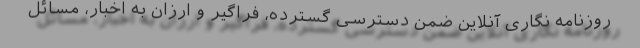
روزنامه نگاری آنلاین ضمن دسترسی گسترده، فراگیر و ارزان به اخبار، مسائل